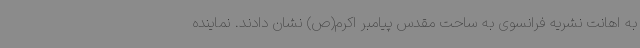
به اهانت نشریه فرانسوی به ساحت مقدس پیامبر اکرم(ص) نشان دادند. نماینده